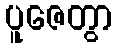
ပူဇေတွာ